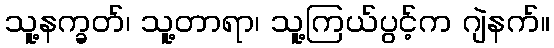
သူ့နက္ခတ်၊ သူ့တာရာ၊ သူ့ကြယ်ပွင့်က ဂျဲနက်။